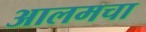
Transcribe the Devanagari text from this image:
आलमचा